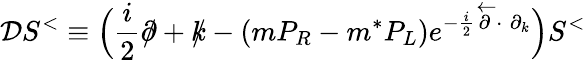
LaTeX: {\cal D}S^{<}\equiv\Big(\frac i2\partial\! \! \! /+k\! \! \! /-(mP_{R}-m^{*}P_{L})e^{{-\frac i2\stackrel{\leftarrow}{\partial}}\cdot\; \partial_{k}}\Big)S^{<}